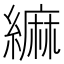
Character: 䌕